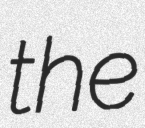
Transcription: the